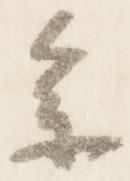
参